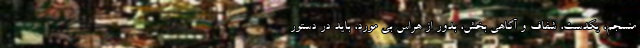
منسجم، یکدست، شفاف و آگاهی بخش، بدور از هراس بی مورد، باید در دستور